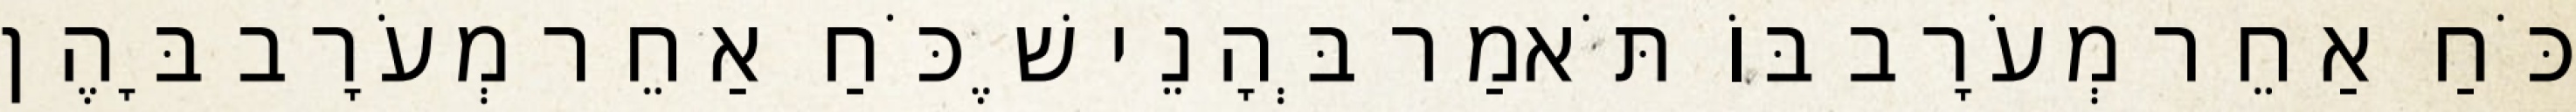
כֹּחַ אַחֵר מְעֹרָב בּוֹ תֹּאמַר בְּהָנֵי שֶׁכֹּחַ אַחֵר מְעֹרָב בָּהֶן